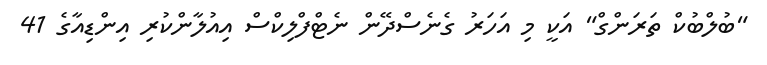
"ބުލްބުކް ތަރަންގް" އަކީ މި އަހަރު ގެނެސްދޭން ނެޓްފްލިކްސް އިއުލާންކުރި އިންޑިއާގެ 41